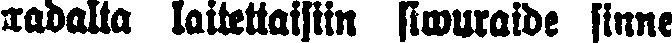
radalta laitettaisiin siwuraide sinne